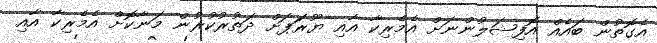
އެގޮތުން ބައެއް އޮފިޝަލުންނަށް އެމެރިކާ އާއި ޔޫރަަޕަށް ދަތުރުކުރުން މަނާކޮށް އެމެރިކާ އާއި